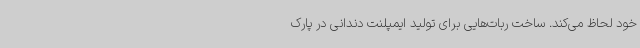
خود لحاظ می‌کند. ساخت ربات‌هایی برای تولید ایمپلنت دندانی در پارک